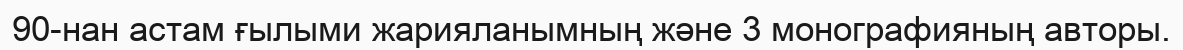
90-нан астам ғылыми жарияланымның және 3 монографияның авторы.